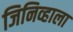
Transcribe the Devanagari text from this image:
जिनिव्हाला